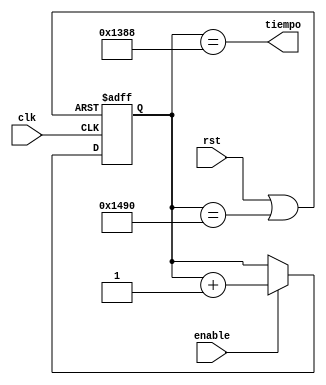
`timescale 1ns / 1ps
//////////////////////////////////////////////////////////////////////////////////
// Company: 
// Engineer: 
// 
// Design Name: 
// Module Name:    ConSegsss 
// Project Name: 
// Target Devices: 
// Tool versions: 
// Description: 
//
// Dependencies: 
//
// Revision: 
// Revision 0.01 - File Created
// Additional Comments: 
//
//////////////////////////////////////////////////////////////////////////////////
module ConSegsss(input rst, input clk, input enable, output wire tiempo);

reg [12:0] cuenta;
//Se elige el numero 1023 ya que representa 1111111111
wire  Loco;
//assign Loco = (rst)||(cuenta==13'h1488);
assign Loco = (rst)||(cuenta==13'h1490);
assign tiempo = (cuenta==13'h1388);

always @(negedge clk, posedge Loco)
	if (Loco)
		cuenta <= 13'b0;
	else
		if(enable)
			cuenta <= cuenta + 13'd1;
		else
			cuenta <= cuenta;
	
endmodule